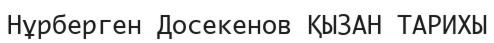
Нұрберген Досекенов ҚЫЗАН ТАРИХЫ